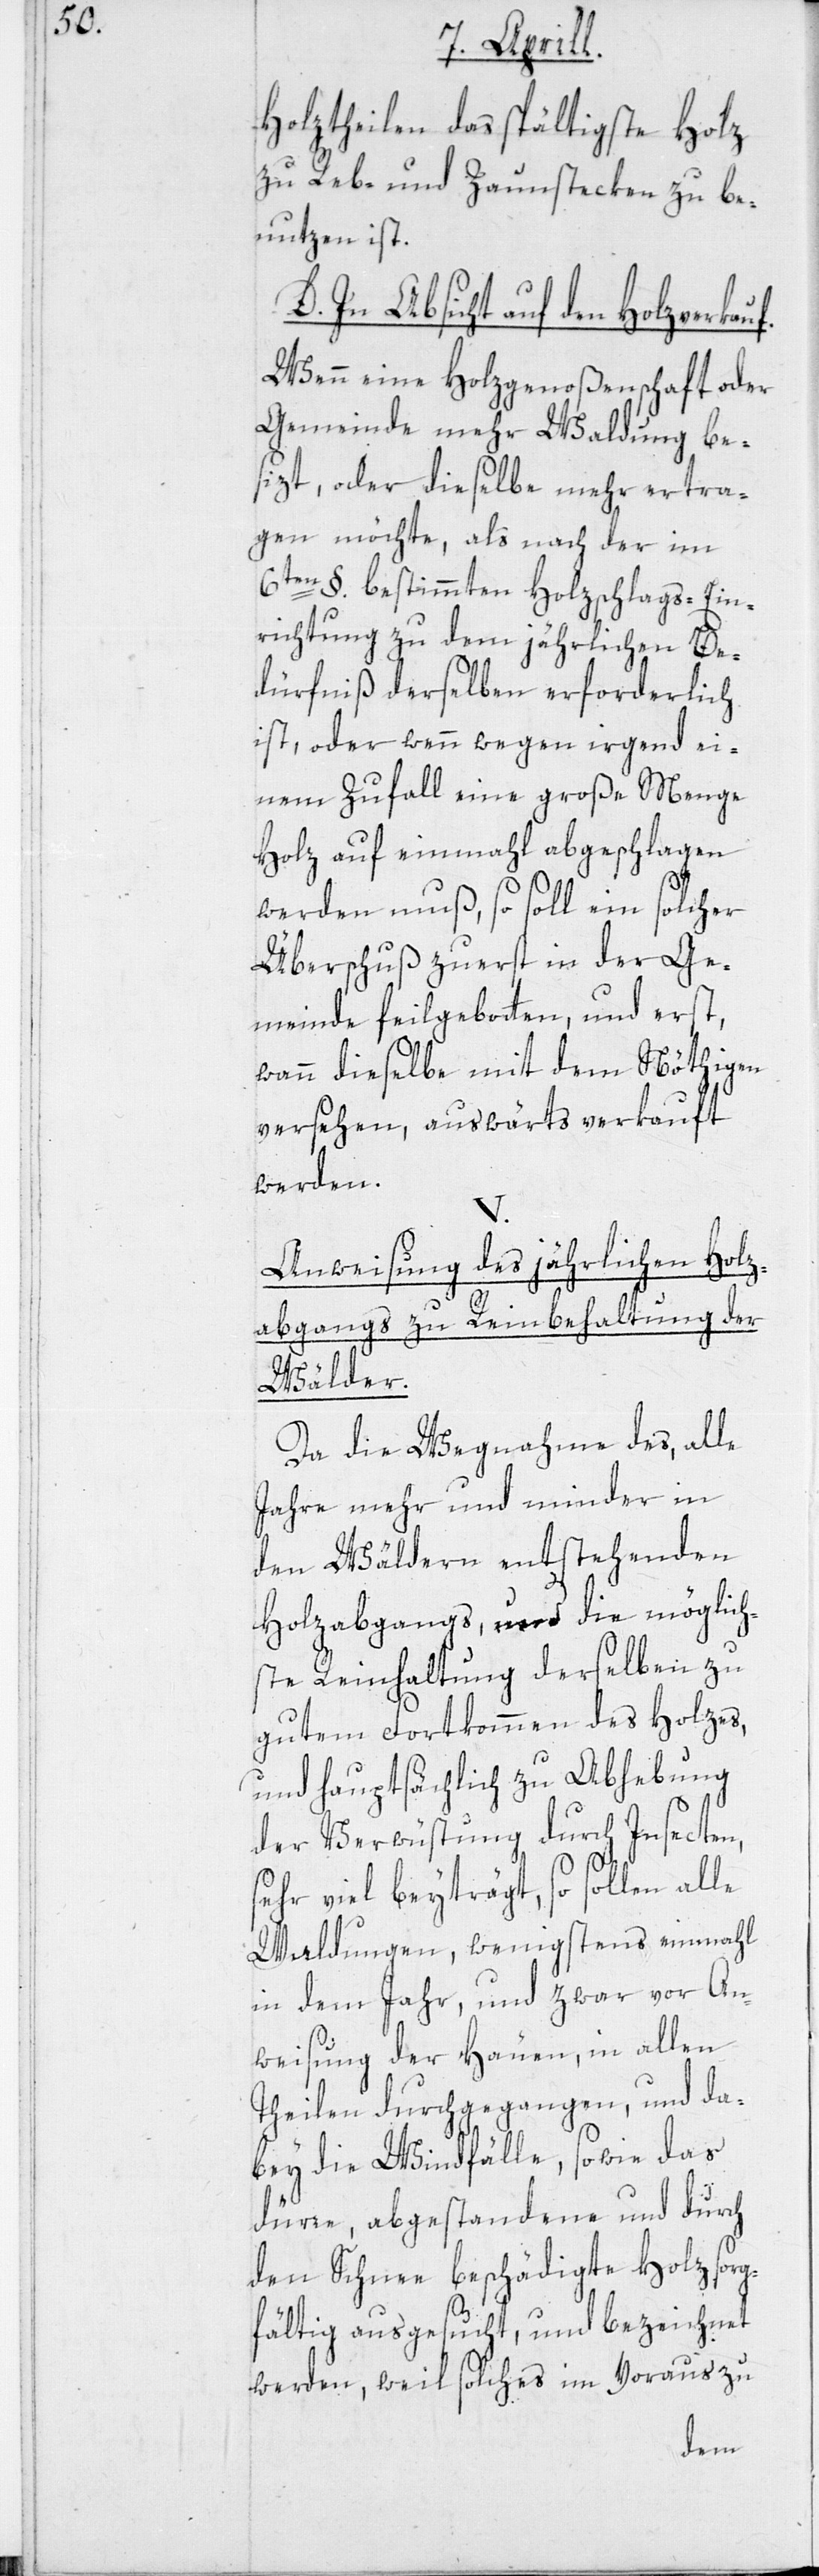
Holztheilen das spältigste Holz
zu Reb- und Zaunstecken zu be¬
nutzen ist.
D. In Absicht auf den Holzverkauf.
Wenn eine Holzgenoßenschaft oder
Gemeinde mehr Waldung be¬
sizt, oder dieselbe mehr ertra¬
gen möchte, als nach der im
6ten §. bestimmten Holzschlags-Ein¬
richtung zu dem jährlichen Be¬
dürfniß derselben erforderlich
ist, oder wenn wegen irgend ei¬
nem Zufall eine große Menge
Holz auf einmahl abgeschlagen
werden muß, so soll ein solcher
Überschuß zuerst in der Ge¬
meinde feilgebotten, und erst,
wann dieselbe mit dem Nöthigen
versehen, auswärts verkauft
werden.
Anweisung des jährlichen Holz¬
abgangs zu Reinbehaltung der
Wälder.
Da die Wegnahme des, alle
Jahre mehr und minder in
den Wäldern entstehenden
Holzabgangs, und die möglich¬
ste Reinhaltung derselben zu
gutem Fortkommen des Holzes,
und hauptsächlich zu Abhebung
der Verwüstung durch Insecten,
sehr viel beyträgt, so sollen alle
Waldungen, wenigstens einmahl
in dem Jahr, und zwar vor An¬
weisung der Hauen, in allen
Theilen durchgegangen, und da¬
bey die Windfälle, sowie das
dürre, abgestandene und durch
den Schnee beschädigte Holz sorg¬
fältig ausgesucht, und bezeichnet
werden, weil solches im Voraus zu